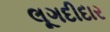
લૂગદીદાર